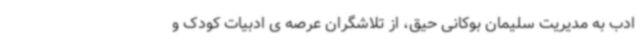
ادب به مدیریت سلیمان بوکانی حیق، از تلاشگران عرصه ی ادبیات کودک و